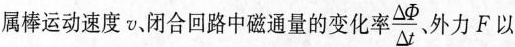
属棒运动速度闭合回路中磁通量的变化率 $$\frac{\Delta \Phi}{\Delta t}$$ 外力F以